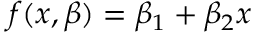
f ( x , { \boldsymbol { \beta } } ) = \beta _ { 1 } + \beta _ { 2 } x